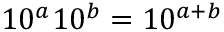
1 0 ^ { a } 1 0 ^ { b } = 1 0 ^ { a + b }